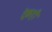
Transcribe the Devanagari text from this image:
ट्रेकही